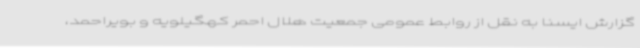
گزارش ایسنا به نقل از روابط عمومی جمعیت هلال احمر کهگیلویه و بویراحمد،